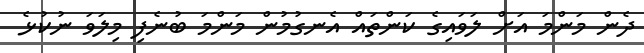
ދެން މަންމަ އަށް ލަވައިގެ ކަންތައް އެނގުމުން މަންމަ ބުނެފި މިލަވަ ނުކުޅެ